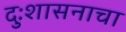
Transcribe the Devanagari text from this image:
दुःशासनाचा